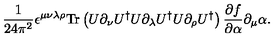
\frac { 1 } { 2 4 \pi ^ { 2 } } \epsilon ^ { \mu \nu \lambda \rho } \mathrm { T r } \left( U \partial _ { \nu } U ^ { \dagger } U \partial _ { \lambda } U ^ { \dagger } U \partial _ { \rho } U ^ { \dagger } \right) \frac { \partial f } { \partial \alpha } \partial _ { \mu } \alpha .